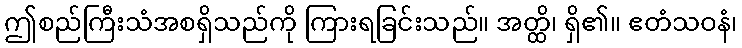
ဤစည်ကြီးသံအစရှိသည်ကို ကြားရခြင်းသည်။ အတ္ထိ၊ ရှိ၏။ ဧတံသဝနံ၊